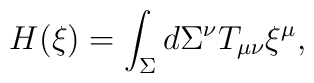
H(\xi)=\int_{\Sigma} d\Sigma^{\nu}T_{\mu\nu}\xi^{\mu},